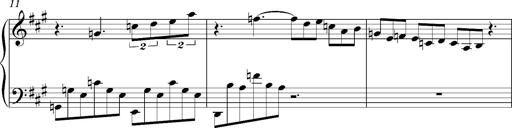
Title: PensÃ©es (Nocturne)
Composer: Franz Liszt
Key: A major